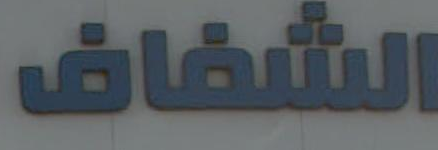
الشفاف